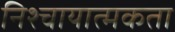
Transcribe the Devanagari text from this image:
निश्चायात्मकता